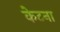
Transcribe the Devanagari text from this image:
केटना